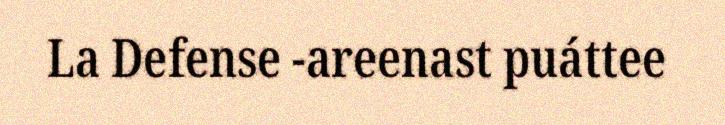
La Defense -areenast puáttee